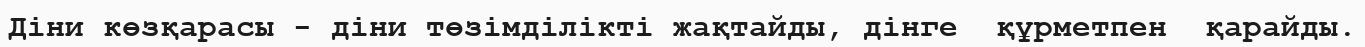
Діни көзқарасы - діни төзімділікті жақтайды, дінге  құрметпен  қарайды.